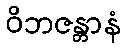
ဝိဘဇန္တာနံ